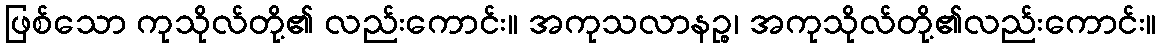
ဖြစ်သော ကုသိုလ်တို့၏ လည်းကောင်း။ အကုသလာနဉ္စ၊ အကုသိုလ်တို့၏လည်းကောင်း။